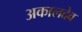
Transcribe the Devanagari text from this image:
अकालदेव